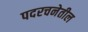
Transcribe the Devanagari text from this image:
पदरचनेतील